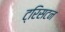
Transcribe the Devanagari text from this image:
ट्रिसटन